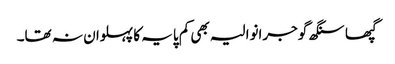
گپھا سنگھ گوجرانوالیہ بھی کم پایہ کا پہلوان نہ تھا۔